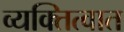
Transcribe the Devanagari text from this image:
व्यक्तित्वात